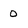
Character: 0